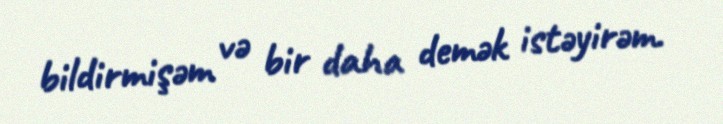
bildirmişəm və bir daha demək istəyirəm.